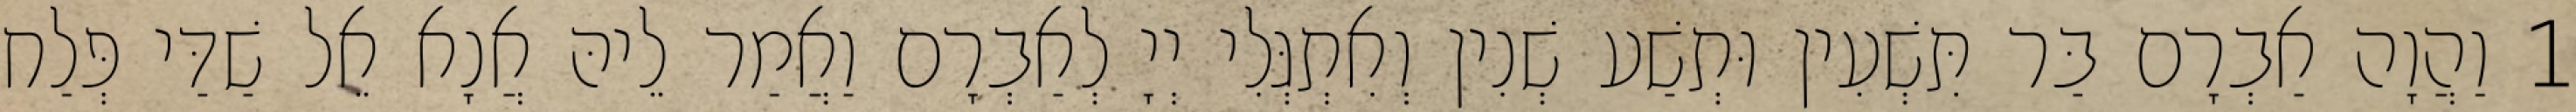
1 וַהֲוָה אַבְרָם בַּר תִּשְׁעִין וּתְשַׁע שְׁנִין וְאִתְגְּלִי יְיָ לְאַבְרָם וַאֲמַר לֵיהּ אֲנָא אֵל שַׁדַּי פְּלַח